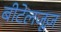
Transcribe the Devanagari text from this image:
बीटेलजूज़